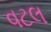
વટલ